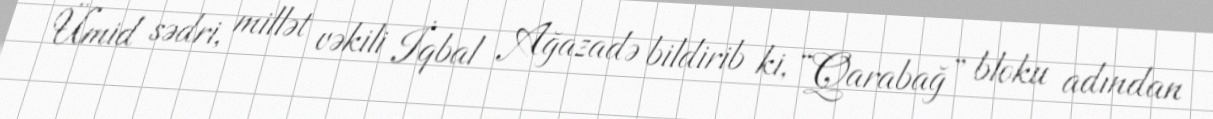
Ümid sədri, millət vəkili İqbal Ağazadə bildirib ki, “Qarabağ” bloku adından